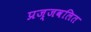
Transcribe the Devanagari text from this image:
प्रज्‍जवलित